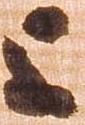
上